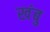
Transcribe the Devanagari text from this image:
खंबु